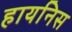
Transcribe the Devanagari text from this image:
हायनिस